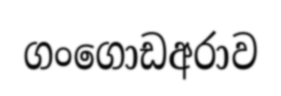
ගංගොඩඅරාව